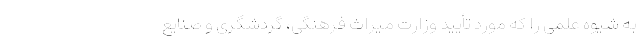
به شیوه علمی را که مورد تأیید وزارت میراث فرهنگی، گردشگری و صنایع